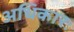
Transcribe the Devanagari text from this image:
अधिकारः